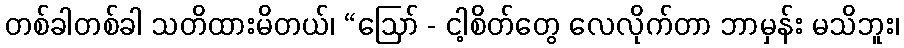
တစ်ခါတစ်ခါ သတိထားမိတယ်၊ “ဩော် - ငါ့စိတ်တွေ လေလိုက်တာ ဘာမှန်း မသိဘူး၊